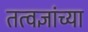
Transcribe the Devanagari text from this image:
तत्वज्ञांच्या